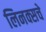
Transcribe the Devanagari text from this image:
लिनक्सचे